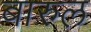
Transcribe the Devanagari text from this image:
बारुल